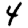
Digit: 4